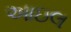
આઇલ